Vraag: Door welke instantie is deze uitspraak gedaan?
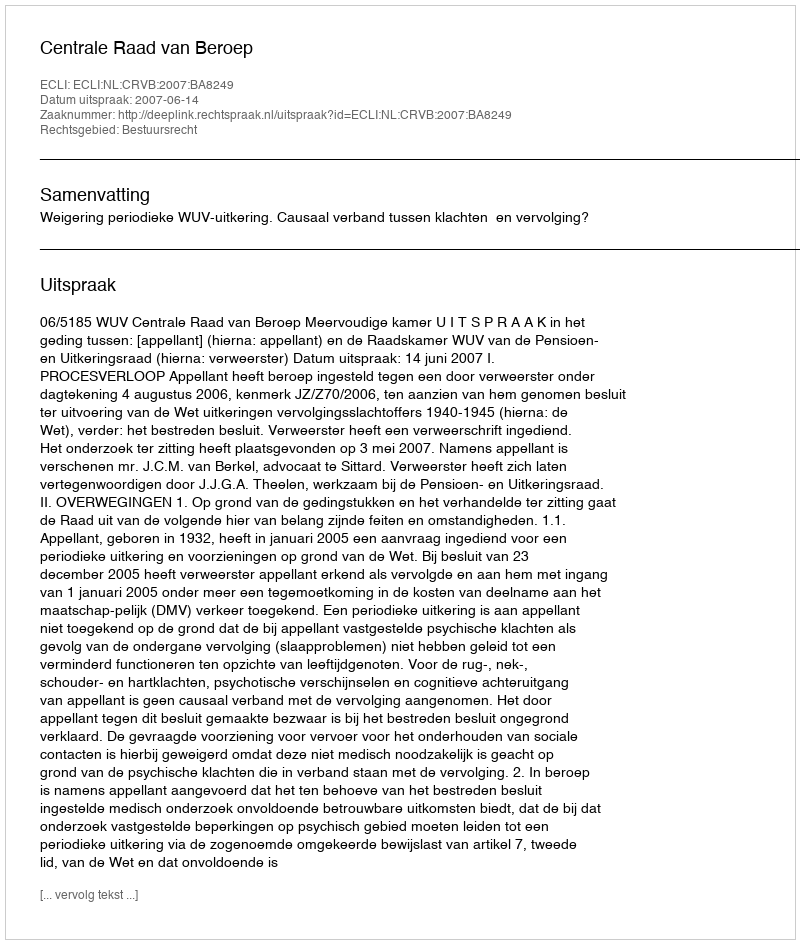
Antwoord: Centrale Raad van Beroep